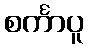
စင်္ကာပူ